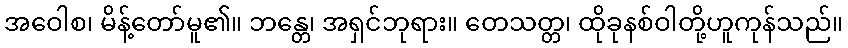
အဝေါစ၊ မိန့်တော်မူ၏။ ဘန္တေ၊ အရှင်ဘုရား။ တေသတ္တ၊ ထိုခုနစ်ဝါတို့ဟူကုန်သည်။